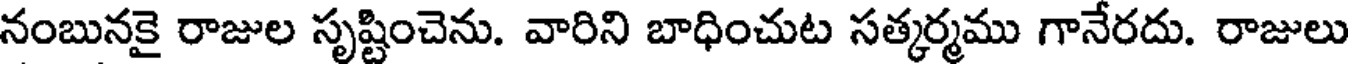
నంబునకై రాజుల సృష్టించెను. వారిని బాధించుట సత్కర్మము గానేరదు. రాజులు